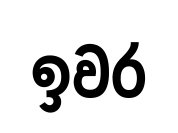
ඉවර